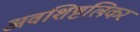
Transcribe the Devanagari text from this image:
अवशिष्टलिकर